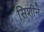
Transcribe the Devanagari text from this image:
सिशीने